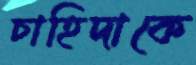
চাহিদাকে